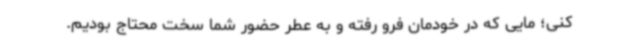
کنی؛ مایی که در خودمان فرو رفته و به عطر حضور شما سخت محتاج بودیم.